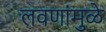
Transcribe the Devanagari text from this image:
लवणांमुळे